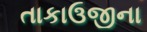
તાકાઉજીના